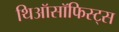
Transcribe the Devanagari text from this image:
थिऑसॉफिस्ट्स